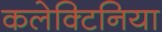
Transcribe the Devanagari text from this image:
कलेक्टिनिया